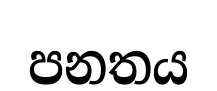
පනතය